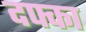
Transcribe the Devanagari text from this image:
दफ्का